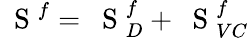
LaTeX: \mathrm{~\mathbf~S~}^{f}=\mathrm{~\mathbf~S~}_{D}^{f}+\mathrm{~\mathbf~S~}_{VC}^{f}